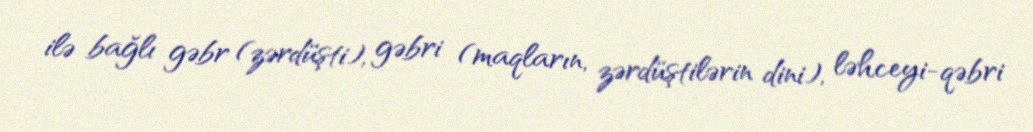
ilə bağlı gəbr (zərdüşti), gəbri (maqların, zərdüştilərin dini), ləhceyi-qəbri